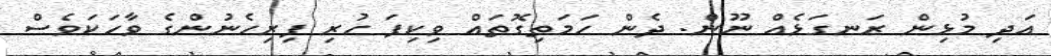
އަދި މުޅިން ރަނގަޅެއް ނޫން. ދެން ހަމަތިގޮތައް ވިކިފަ ހުރި ފިރިހެނުންގެ ވާހަކަވެސް